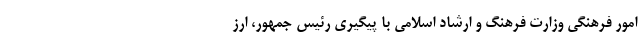
امور فرهنگی وزارت فرهنگ و ارشاد اسلامی با پیگیری رئیس جمهور، ارز